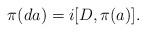
LaTeX: \begin{align*}\pi(d a) = i[D, \pi(a)]. \end{align*}